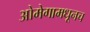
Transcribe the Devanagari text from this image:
ओमेगामधूनच